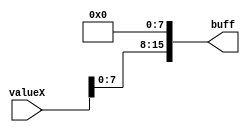
module bit98
(
	input [15:0] valueX, //the value of X
	output [15:0] buff //output of buffer
);
assign buff[0] = 0;
assign buff[1] = 0;
assign buff[2] = 0;
assign buff[3] = 0;
assign buff[4] = 0;
assign buff[5] = 0;
assign buff[6] = 0;
assign buff[7] = 0;
assign buff[8] = valueX[0];
assign buff[9] = valueX[1];
assign buff[10] = valueX[2];
assign buff[11] = valueX[3];
assign buff[12] = valueX[4];
assign buff[13] = valueX[5];
assign buff[14] = valueX[6];
assign buff[15] = valueX[7];

endmodule